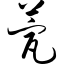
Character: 甍